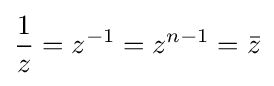
{\frac {1}{z}}=z^{-1}=z^{n-1}={\bar {z}}